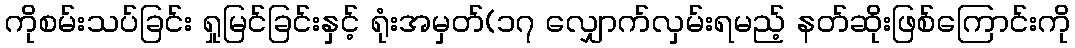
ကိုစမ်းသပ်ခြင်း ရှုမြင်ခြင်းနှင့် ရုံးအမှတ်(၁၇ လျှောက်လှမ်းရမည့် နတ်ဆိုးဖြစ်ကြောင်းကို